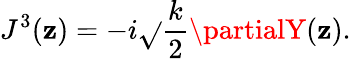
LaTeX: J^{3}(\mathbf{z})=-i\sqrt{}{{\frac{{k}}{{2}}}}\partialY(\mathbf{z}).